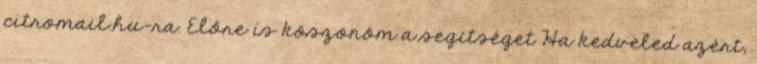
citromail.hu-ra. Előre is köszönöm a segítséget Ha kedveled azért,